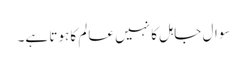
سوال جاہل کا نہیں عالم کا ہوتا ہے۔